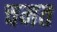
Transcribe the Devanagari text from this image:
चमत